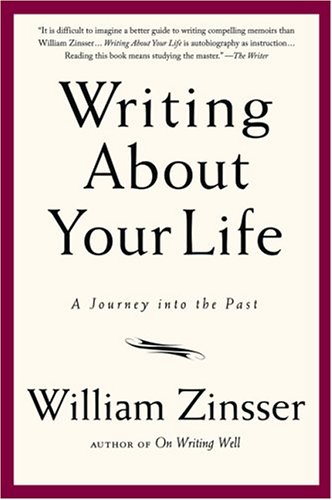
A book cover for Writing About Your Life: A Journey into the Past; William Zinsser; Reference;